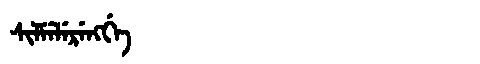
Manchu: ᠰᡳᠯᠮᡝᠯᡝᡵᡝᠩᡤᡝ
Romanization: SILMELERENGGE